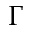
\Gamma